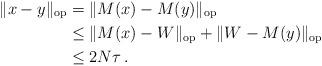
LaTeX: \begin{align*}\|x-y\|_{\textup{op}} &= \|M(x)-M(y)\|_{\textup{op}} \\&\le \|M(x)-W\|_{\textup{op}}+ \|W-M(y)\|_{\textup{op}}\\&\le 2N\tau\, .\end{align*}